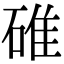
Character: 碓